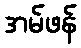
အမ်ဖန်